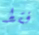
فقط